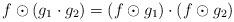
LaTeX: \begin{align*}f\odot (g_1\cdot g_2)=(f\odot g_1)\cdot (f\odot g_2)\end{align*}